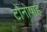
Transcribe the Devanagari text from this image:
टोनोपाह